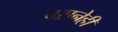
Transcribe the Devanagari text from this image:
बसनेही